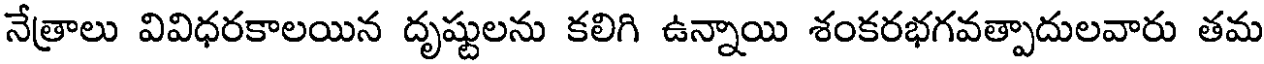
నేత్రాలు వివిధరకాలయిన దృష్టులను కలిగి ఉన్నాయి శంకరభగవత్పాదులవారు తమ